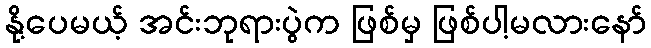
နို့ပေမယ့် အင်းဘုရားပွဲက ဖြစ်မှ ဖြစ်ပါ့မလားနော်